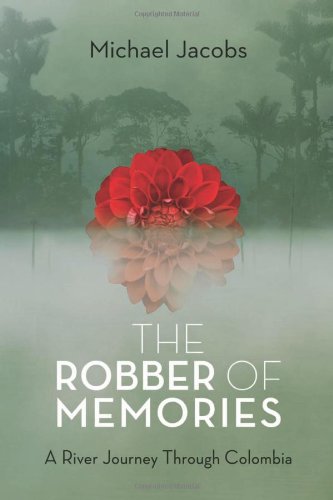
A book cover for The Robber of Memories: A River Journey Through Colombia; Michael Jacobs; Travel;